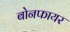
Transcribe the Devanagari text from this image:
बोनफायर